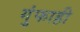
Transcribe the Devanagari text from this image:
गुंफाही